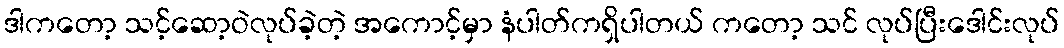
ဒါကတော့ သင့်ဆော့ဝဲလုပ်ခဲ့တဲ့ အကောင့်မှာ နံပါတ်ကရှိပါတယ် ကတော့ သင် လုပ်ပြီးဒေါင်းလုပ်